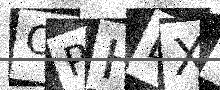
Text: OPHEXA